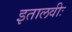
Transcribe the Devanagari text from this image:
इतालवीः